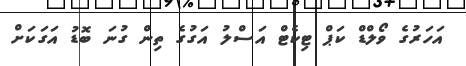
އަހަރުގެ ވޯލްޑް ކަޕް ޓިކެޓް އަސްލު އަގުގެ ތިން ގުނަ ބޮޑު އަގަކަށް